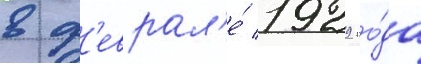
в ф'еврал'е́ 1929 го́да